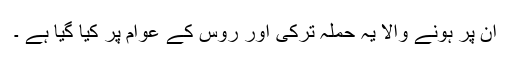
ان پر ہونے والا یہ حملہ ترکی اور روس کے عوام پر کیا گیا ہے ۔